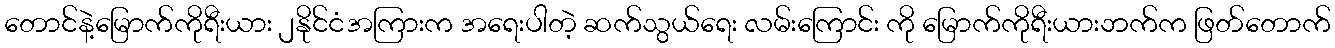
တောင်နဲ့မြောက်ကိုရီးယား ၂နိုင်ငံအကြားက အရေးပါတဲ့ ဆက်သွယ်ရေး လမ်းကြောင်း ကို မြောက်ကိုရီးယားဘက်က ဖြတ်တောက်